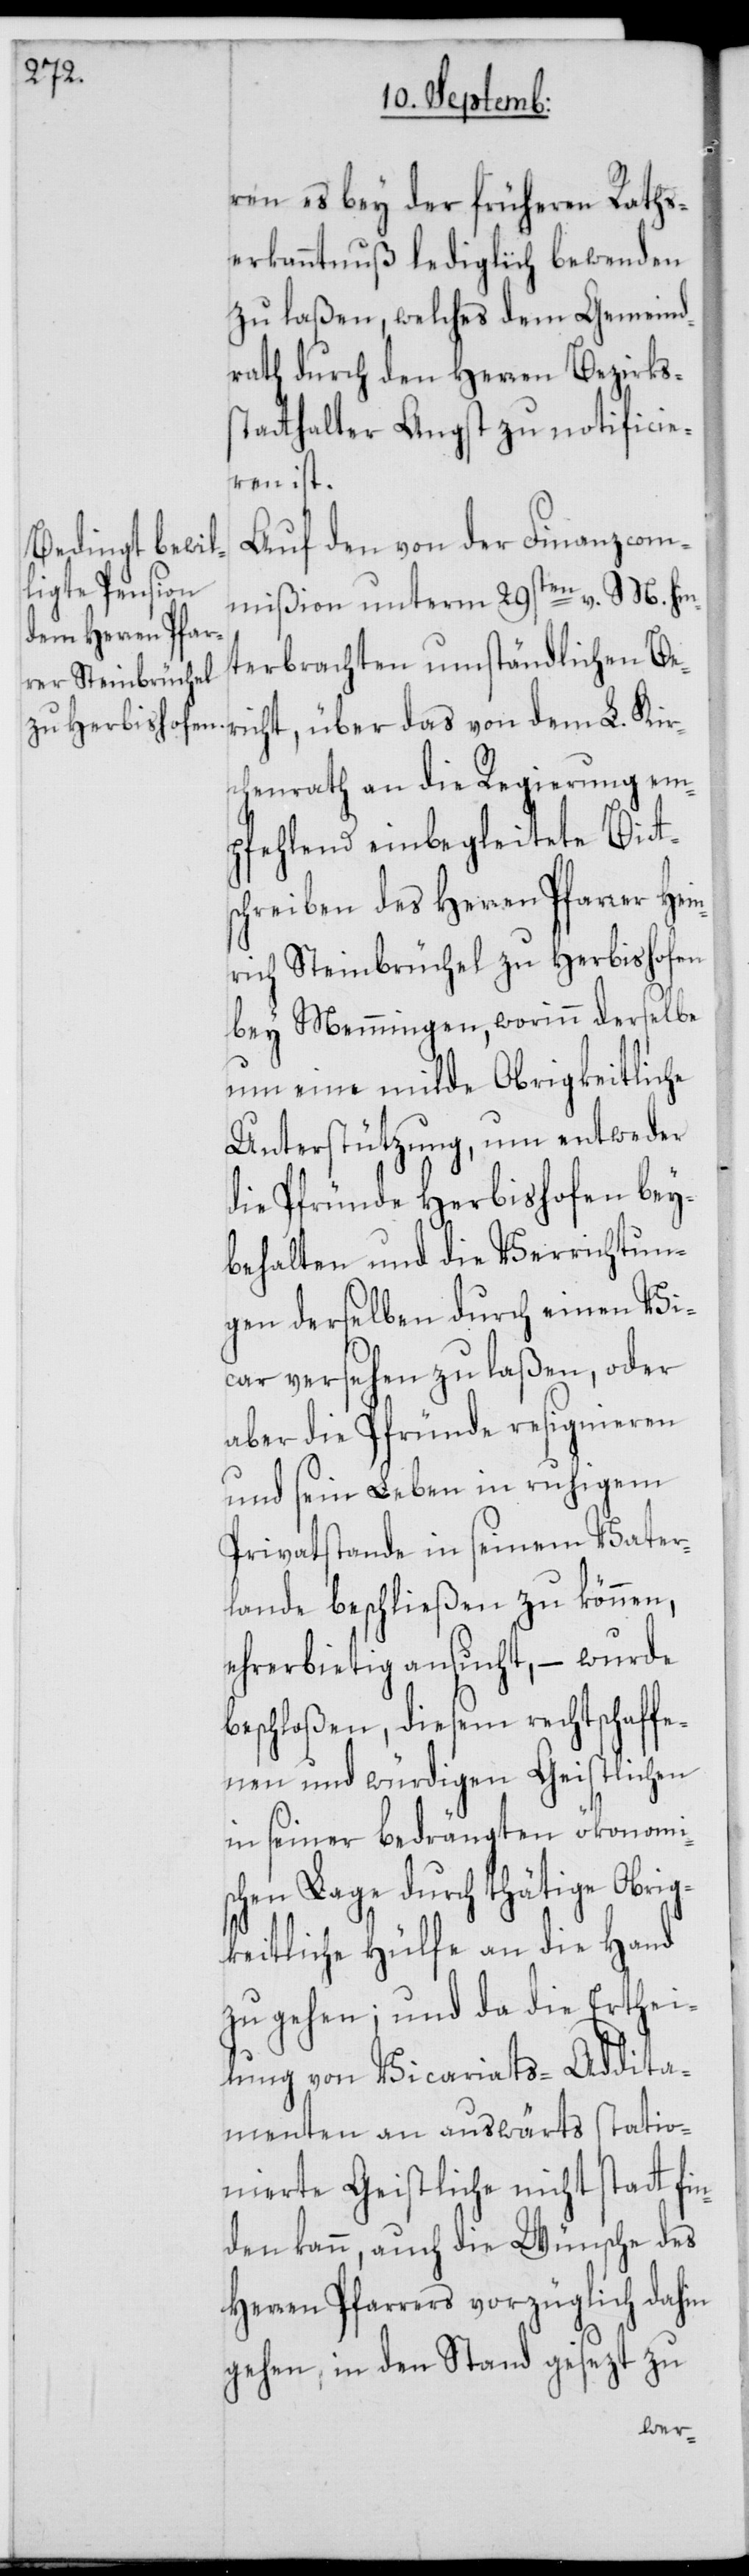
ren es bey der früheren Raths¬
erkanntnuß lediglich bewenden
zu laßen, welches dem Gemeind¬
rath durch den Herren Bezirkss¬
tatthalter Angst zu notificie¬
ren ist.
Auf den von der Finanzcom¬
mißion unterm 29sten v. M. hin¬
terbrachten umständlichen Be¬
richt, über das von dem L. Kir¬
chenrath an die Regierung em¬
pfehlend einbegleitete Bitt¬
schreiben des Herren Pfarrer Hein¬
rich Steinbrüchel zu Herbishofen
bey Memmingen, worinn derselbe
um eine milde Obrigkeitliche
Unterstützung, um entweder
die Pfründe Herbishofen bey¬
behalten und die Verrichtun¬
gen derselben durch einen Vi¬
car versehen zu laßen, oder
aber die Pfründe resignieren
und sein Leben in ruhigem
Privatstande in seinem Vater¬
lande beschließen zu können,
ehrerbietig ansucht, – wurde
beschloßen, diesem rechtschaffe¬
nen und würdigen Geistlichen
in seiner bedrängten ökonomis¬
chen Lage durch thätige Obrig¬
keitliche Hülfe an die Hand
zu gehen; und da die Erthei¬
lung von Vicariats-Addita¬
menten an auswärts statio¬
nierte Geistliche nicht statt fi¬
nden kann, auch die Wünsche des
Herren Pfarrers vorzüglich dahin
gehen, in den Stand gesezt zu